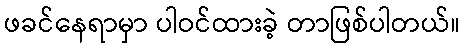
ဖခင်နေရာမှာ ပါဝင်ထားခဲ့ တာဖြစ်ပါတယ်။